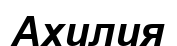
Ахилия